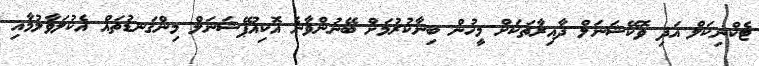
ޓެކްނިކަލް އަދި ވޮކޭޝަނަލް ދާއިރާތަކަށް މީހުން ބިނާކުރުމަށް ބޭނުންވާނެ އޮކިއުޕޭޝަނަލް މިންގަނޑުތައް އެކުލަވާލުމާއި